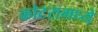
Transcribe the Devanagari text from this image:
कोटरामध्ये